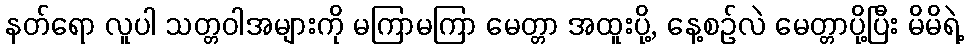
နတ်ရော လူပါ သတ္တဝါအများကို မကြာမကြာ မေတ္တာ အထူးပို့, နေ့စဉ်လဲ မေတ္တာပို့ပြီး မိမိရဲ့